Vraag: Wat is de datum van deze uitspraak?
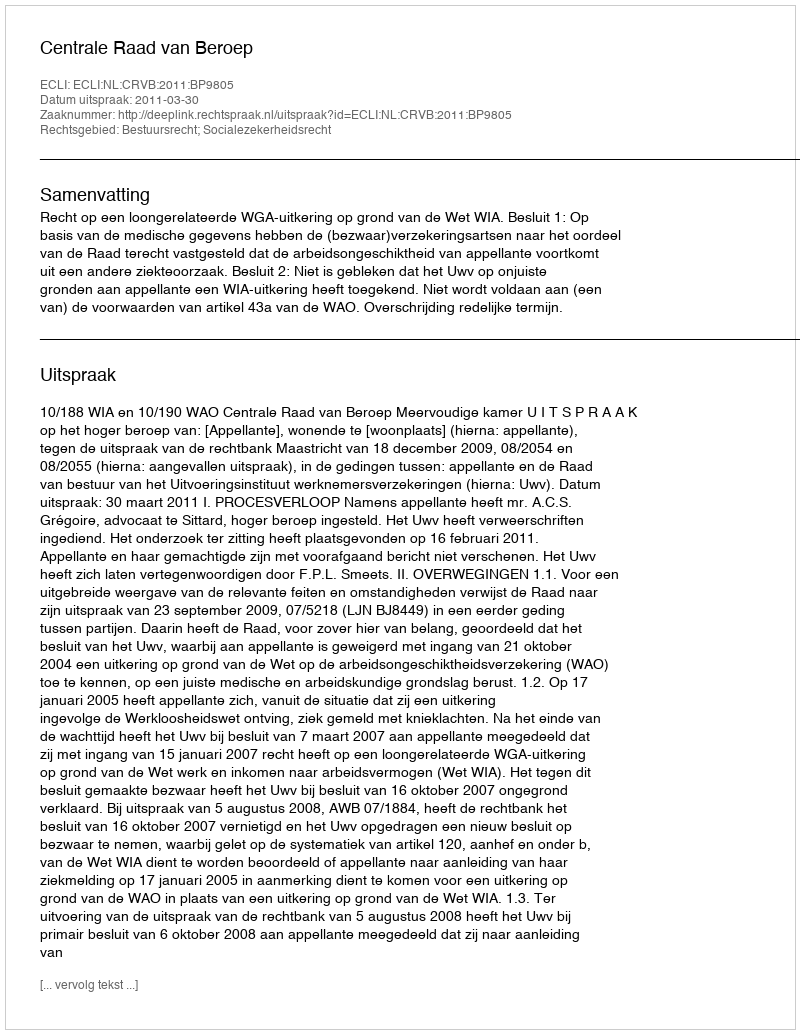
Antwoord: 2011-03-30